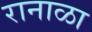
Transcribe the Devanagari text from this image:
रानाळा